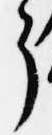
了